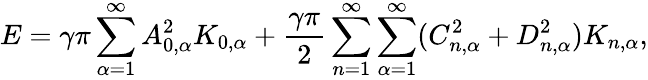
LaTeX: E=\gamma\pi\sum_{\alpha=1}^{\infty}A_{0,\alpha}^{2}K_{0,\alpha}+\frac{\gamma\pi}{2}\sum_{n=1}^{\infty}\sum_{\alpha=1}^{\infty}(C_{n,\alpha}^{2}+D_{n,\alpha}^{2})K_{n,\alpha},